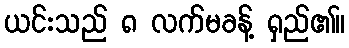
ယင်းသည် ၈ လက်မခန့် ရှည်၏။